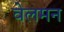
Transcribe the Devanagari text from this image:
वेलमन